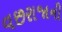
વછરાજાની